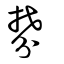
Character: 棼